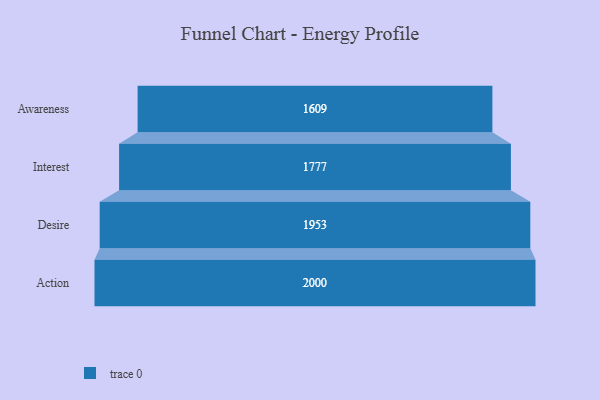
{"axis": {"x": "Stage", "y": "Value"}, "legend": [""], "data": [{"x": "Awareness", "y": 1609.0, "type": ""}, {"x": "Interest", "y": 1777.0, "type": ""}, {"x": "Desire", "y": 1953.0, "type": ""}, {"x": "Action", "y": 2000, "type": ""}]}